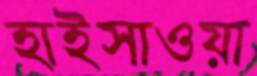
হাইসাওয়া